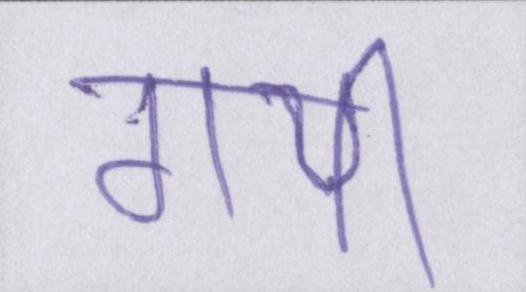
गयीँ